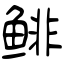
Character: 鲱